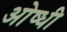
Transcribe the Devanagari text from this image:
ओष्धी